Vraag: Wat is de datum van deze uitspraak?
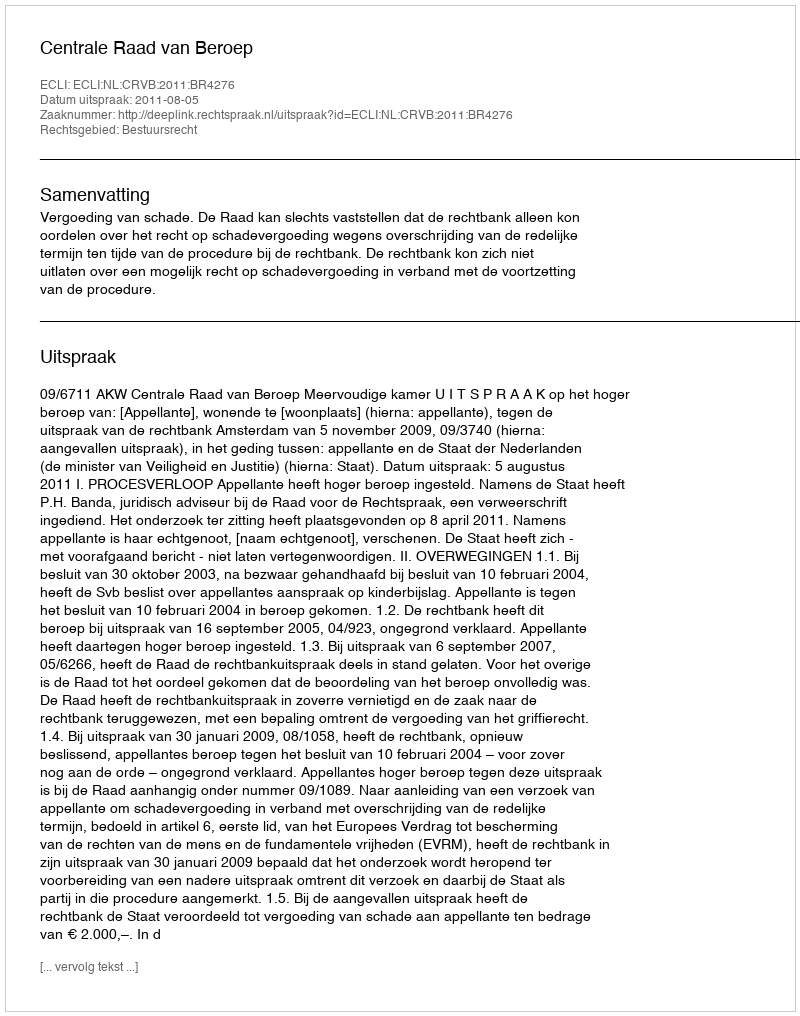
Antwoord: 2011-08-05